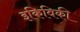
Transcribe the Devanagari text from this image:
इकिविकी